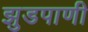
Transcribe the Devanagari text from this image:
झुडपाणी